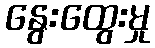
နွေးထွေးမှု